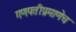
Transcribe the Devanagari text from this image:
गणपतीप्रमाणेच